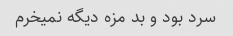
سرد بود و بد مزه دیگه نمیخرم